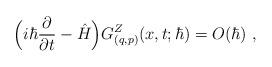
LaTeX: \begin{align*}\Big(i\hbar\frac{\partial}{\partial t}-\hat H\Big)G^Z_{(q,p)}(x,t;\hbar)=O(\hbar) \ ,\end{align*}